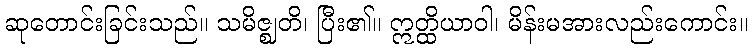
ဆုတောင်းခြင်းသည်။ သမိဇ္ဈတိ၊ ပြီး၏။ ဣတ္ထိယာဝါ၊ မိန်းမအားလည်းကောင်း။